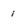
Character: 1